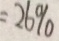
= 2 6 \%